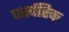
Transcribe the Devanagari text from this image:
पर्स्परिक